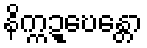
နိက္ကဍ္ဎေန္တော